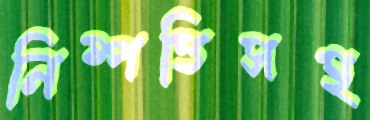
নিষ্পত্তিসহ